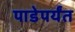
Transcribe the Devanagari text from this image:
पाडेपर्यंत